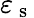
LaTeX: \varepsilon_{\mathrm{~s~}}